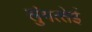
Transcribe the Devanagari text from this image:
लुंगत्‍तेई